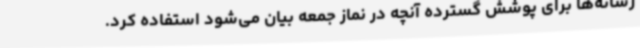
رسانه‌ها برای پوشش گسترده آنچه در نماز جمعه بیان می‌شود استفاده کرد.